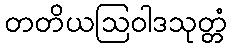
တတိယဩဝါဒသုတ္တံ